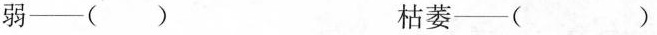
弱——( ) 枯萎——( )